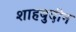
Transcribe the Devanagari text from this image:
शाहबुदीन